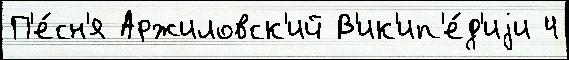
П'е́сн'я Аржиловск'ий В'ик'ип'е́д'иjи 4